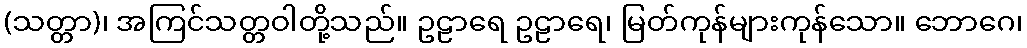
(သတ္တာ)၊ အကြင်သတ္တဝါတို့သည်။ ဥဠာရေ ဥဠာရေ၊ မြတ်ကုန်များကုန်သော။ ဘောဂေ၊